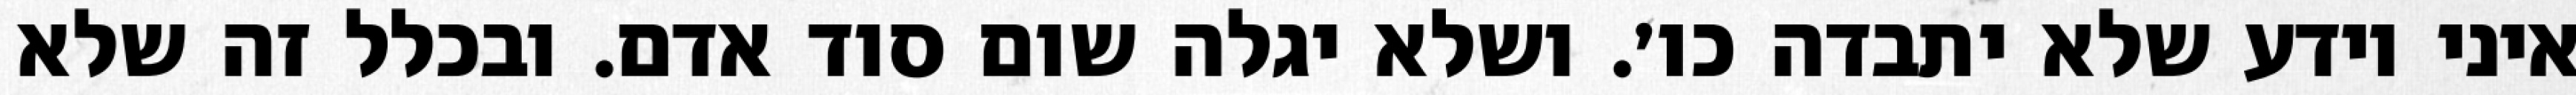
איני יודע שלא יתבדה כו׳. ושלא יגלה שום סוד אדם. ובכלל זה שלא